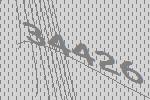
34426